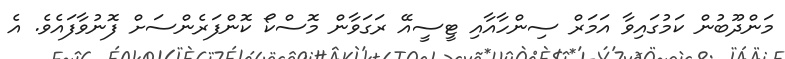
މަންދޫބުން ކަމުގައިވާ އަމަރް ސިންހާއާއި ޓީސީއޭ ރަގަވާން މޮސްކޯ ކޮންފަރެންސަށް ފޮނުވާފައެވެ. އެ